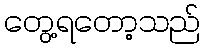
တွေ့ရတော့သည်